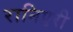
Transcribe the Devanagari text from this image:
रानिएरी